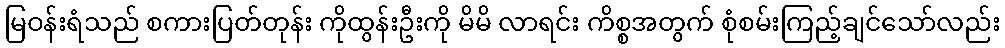
မြဝန်းရံသည် စကားပြတ်တုန်း ကိုထွန်းဦးကို မိမိ လာရင်း ကိစ္စအတွက် စုံစမ်းကြည့်ချင်သော်လည်း